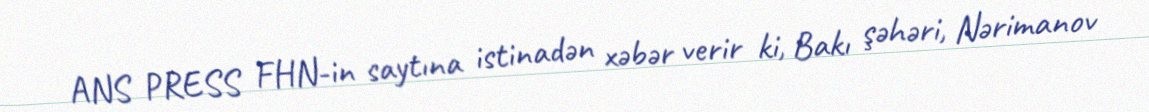
ANS PRESS FHN-in saytına istinadən xəbər verir ki, Bakı şəhəri, Nərimanov